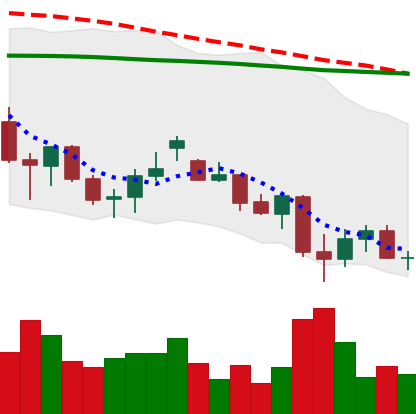
Ticker: LINK-USD
Chart end date: 2021-06-26
Forward return: 7.774%
Label: up_7plus